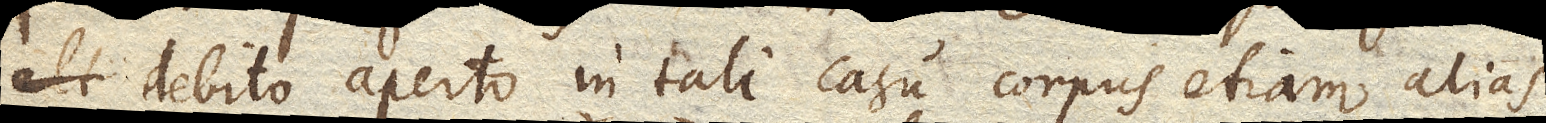
debito aperto in tali casu corpus etiam alias